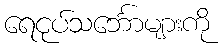
ရေငုပ်သင်္ဘောများကို